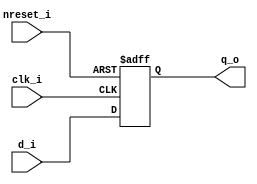
module CustomDFF(
    input d_i,
    input clk_i,
    input nreset_i,
    output reg q_o
    );

    always @(posedge clk_i or negedge nreset_i) begin
        if (nreset_i == 1'b0)
            q_o = 1'b0;
        else
            q_o = d_i;
    end
endmodule